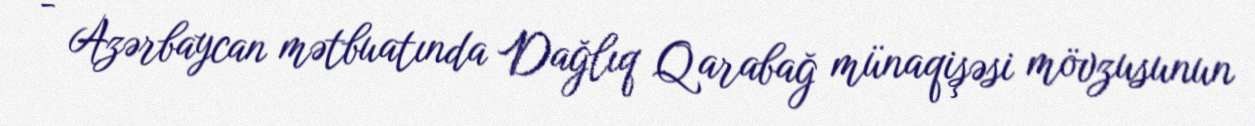
- Azərbaycan mətbuatında Dağlıq Qarabağ münaqişəsi mövzusunun